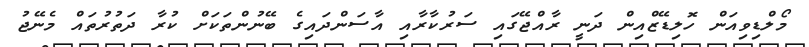
މޯލްޑިވިއަން ހޮލިޑޭޒްއިން ދަނީ ރާއްޖޭގައި ސަރުކާރާއި އާސަންދައިގެ ބޭނުންތަކަށް ކުރާ ދަތުރުތައް މެނޭޖު